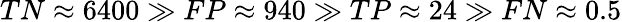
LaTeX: TN\approx{}6400\gg{}FP\approx{}940\gg{}TP\approx{}24\gg{}FN\approx{}0.5